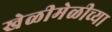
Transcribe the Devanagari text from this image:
खेळीमेळीच्या